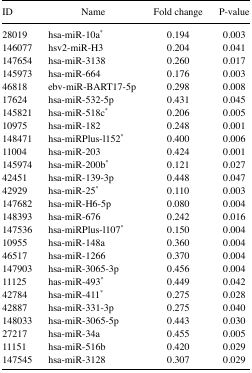
<table><thead><tr><td><b>ID</b></td><td><b>Name</b></td><td><b>Fold change</b></td><td><b>P-value</b></td></tr></thead><tbody><tr><td>28019</td><td>hsa-miR-10a<sup>*</sup></td><td>0.194</td><td>0.003</td></tr><tr><td>146077</td><td>hsv2-miR-H3</td><td>0.204</td><td>0.041</td></tr><tr><td>147654</td><td>hsa-miR-3138</td><td>0.260</td><td>0.017</td></tr><tr><td>145973</td><td>hsa-miR-664</td><td>0.176</td><td>0.003</td></tr><tr><td>46818</td><td>ebv-miR-BART17-5p</td><td>0.298</td><td>0.008</td></tr><tr><td>17624</td><td>hsa-miR-532-5p</td><td>0.431</td><td>0.045</td></tr><tr><td>145821</td><td>hsa-miR-518c<sup>*</sup></td><td>0.206</td><td>0.005</td></tr><tr><td>10975</td><td>hsa-miR-182</td><td>0.248</td><td>0.001</td></tr><tr><td>148471</td><td>hsa-miRPlus-l152<sup>*</sup></td><td>0.400</td><td>0.006</td></tr><tr><td>11004</td><td>hsa-miR-203</td><td>0.424</td><td>0.001</td></tr><tr><td>145974</td><td>hsa-miR-200b<sup>*</sup></td><td>0.121</td><td>0.027</td></tr><tr><td>42451</td><td>hsa-miR-139-3p</td><td>0.448</td><td>0.047</td></tr><tr><td>42929</td><td>hsa-miR-25<sup>*</sup></td><td>0.110</td><td>0.003</td></tr><tr><td>147682</td><td>hsa-miR-H6-5p</td><td>0.080</td><td>0.004</td></tr><tr><td>148393</td><td>hsa-miR-676</td><td>0.242</td><td>0.016</td></tr><tr><td>147536</td><td>hsa-miRPlus-l107<sup>*</sup></td><td>0.150</td><td>0.004</td></tr><tr><td>10955</td><td>hsa-miR-148a</td><td>0.360</td><td>0.004</td></tr><tr><td>46517</td><td>hsa-miR-1266</td><td>0.370</td><td>0.004</td></tr><tr><td>147903</td><td>hsa-miR-3065-3p</td><td>0.456</td><td>0.004</td></tr><tr><td>11125</td><td>has-miR-493<sup>*</sup></td><td>0.449</td><td>0.042</td></tr><tr><td>42784</td><td>hsa-miR-411<sup>*</sup></td><td>0.275</td><td>0.028</td></tr><tr><td>42887</td><td>hsa-miR-331-3p</td><td>0.275</td><td>0.040</td></tr><tr><td>148033</td><td>hsa-miR-3065-5p</td><td>0.443</td><td>0.030</td></tr><tr><td>27217</td><td>hsa-miR-34a</td><td>0.455</td><td>0.005</td></tr><tr><td>11151</td><td>hsa-miR-516b</td><td>0.420</td><td>0.029</td></tr><tr><td>147545</td><td>hsa-miR-3128</td><td>0.307</td><td>0.029</td></tr></tbody></table>